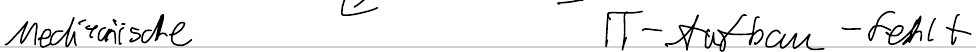
Medizinische      IT-Ausbau fehlt